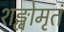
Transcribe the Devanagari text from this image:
शङ्खोमृतं